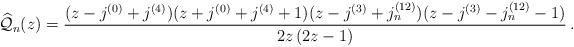
LaTeX: \begin{align*}{\widehat{\mathcal{Q}}_n}(z) = \frac{(z-j^{(0)}+j^{(4)})(z+j^{(0)}+j^{(4)}+1)(z-j^{(3)}+j_n^{(12)})(z-j^{(3)}-j_n^{(12)}-1)}{2z\,(2z-1)}\,.\end{align*}